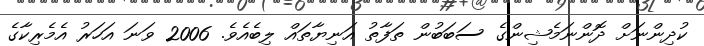
ކުދިންނަށް ދޮންނަމެޝިންގެ ސަބަބުން ތަފާތު އަނިޔާތައް ލިބެއެވެ. 2006 ވަނަ އަހަރު އެމެރިކާގެ